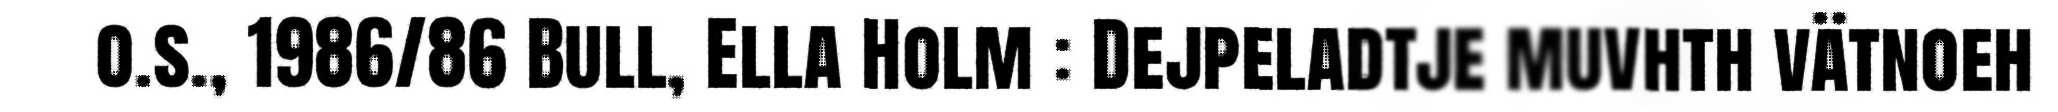
o.s., 1986/86 Bull, Ella Holm : Dejpeladtje muvhth vätnoeh